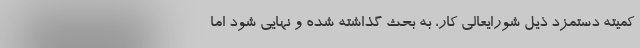
کمیته دستمزد ذیل شورایعالی کار، به بحث گذاشته شده و نهایی شود اما